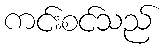
ကင်းစင်သည်